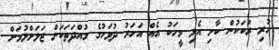
ހުރި ރުކަކުން ކާށި އެޅި މީހަކު އެއް އަހަރު ދުވަހުގެ މުއްދަތަކަށް ޖަލަށްލުމަށް